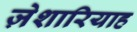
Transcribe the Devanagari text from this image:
ज़ेशारियाह